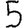
Digit: 5